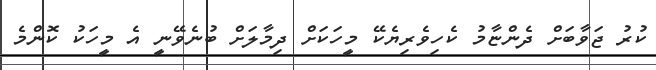
ކުރު ޖަވާބަށް ދެންޏާމު ކެހިވެރިޔެކޭ މީހަކަށް ދިމާލަށް ބުނެވޭނީ އެ މީހަކު ކޮންމެ